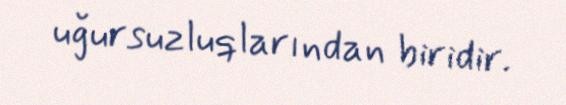
uğursuzluqlarından biridir.